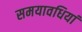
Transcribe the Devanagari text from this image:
समयावधियां